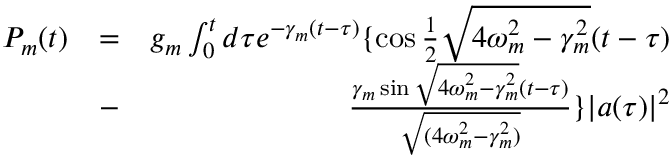
\begin{array} { r l r } { P _ { m } ( t ) } & { = } & { g _ { m } \int _ { 0 } ^ { t } d \tau e ^ { - \gamma _ { m } ( t - \tau ) } \{ \cos \frac { 1 } { 2 } \sqrt { 4 \omega _ { m } ^ { 2 } - \gamma _ { m } ^ { 2 } } ( t - \tau ) } \\ & { - } & { \frac { \gamma _ { m } \sin \sqrt { 4 \omega _ { m } ^ { 2 } - \gamma _ { m } ^ { 2 } } ( t - \tau ) } { \sqrt { ( 4 \omega _ { m } ^ { 2 } - \gamma _ { m } ^ { 2 } ) } } \} | a ( \tau ) | ^ { 2 } } \end{array}